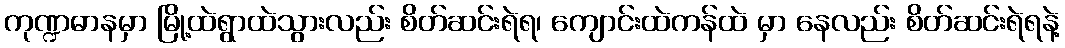
ကုဏ္ဍဓာနမှာ မြို့ထဲရွာထဲသွားလည်း စိတ်ဆင်းရဲရ၊ ကျောင်းထဲကန်ထဲ မှာ နေလည်း စိတ်ဆင်းရဲရနဲ့